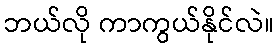
ဘယ်လို ကာကွယ်နိုင်လဲ။